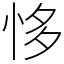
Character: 恀